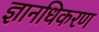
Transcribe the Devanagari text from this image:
ज्ञानधिकरण